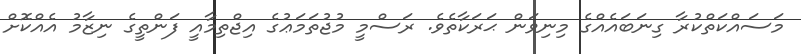
މަސައްކަތްކުރާ ގިނަބައެއްގެ މިނިވަން ޙަރަކާތެވެ. ރަސްމީ މުޖުތަމަޢުގެ އިޖްތިމާއީ ފަންތީގެ ނިޒާމު އެއްކޮށް